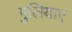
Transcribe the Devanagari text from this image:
गुलियाए